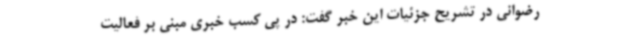
رضوانی در تشریح جزئیات این خبر گفت: در پی کسب خبری مبنی بر فعالیت